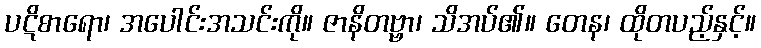
ပဋိစာရော၊ အပေါင်းအသင်းကို။ ဇာနိတဗ္ဗာ၊ သိအပ်၏။ တေန၊ ထိုတပည့်နှင့်။